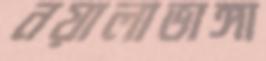
নয়ালাভাঙ্গা